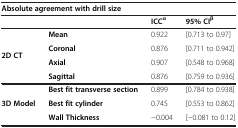
<table><thead><tr><td colspan="4"><b>Absolute agreement with drill size</b></td></tr><tr><td></td><td></td><td><b>ICC<sup>α</sup></b></td><td><b>95% CI<sup>β</sup></b></td></tr></thead><tbody><tr><td rowspan="4"><b>2D CT</b></td><td><b>Mean</b></td><td>0.922</td><td>[0.713 to 0.97]</td></tr><tr><td><b>Coronal</b></td><td>0.876</td><td>[0.711 to 0.942]</td></tr><tr><td><b>Axial</b></td><td>0.907</td><td>[0.548 to 0.968]</td></tr><tr><td><b>Sagittal</b></td><td>0.876</td><td>[0.759 to 0.936]</td></tr><tr><td rowspan="3"><b>3D Model</b></td><td><b>Best fit transverse section</b></td><td>0.899</td><td>[0.784 to 0.938]</td></tr><tr><td><b>Best fit cylinder</b></td><td>0.745</td><td>[0.553 to 0.862]</td></tr><tr><td><b>Wall Thickness</b></td><td>−0.004</td><td>[−0.081 to 0.12]</td></tr></tbody></table>